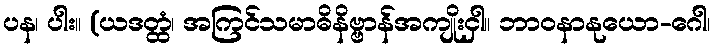
ပန၊ ပါး။ (ယဒတ္ထံ၊ အကြင်သမာဓိနိဗ္ဗာန်အကျိုးငှါ။ ဘာဝနာနုယော-ဂေါ၊